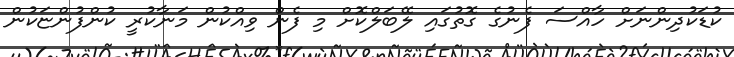
ކުޑަކުދިންނަށް ހާއްސަ ފެނުގެ ގޮތުގައި ލޭބަލްކޮށް މި ފެން ވިއްކުން މަނާކުރީ ކުންފުންޏަކުން